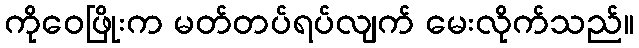
ကိုဝေဖြိုးက မတ်တပ်ရပ်လျက် မေးလိုက်သည်။